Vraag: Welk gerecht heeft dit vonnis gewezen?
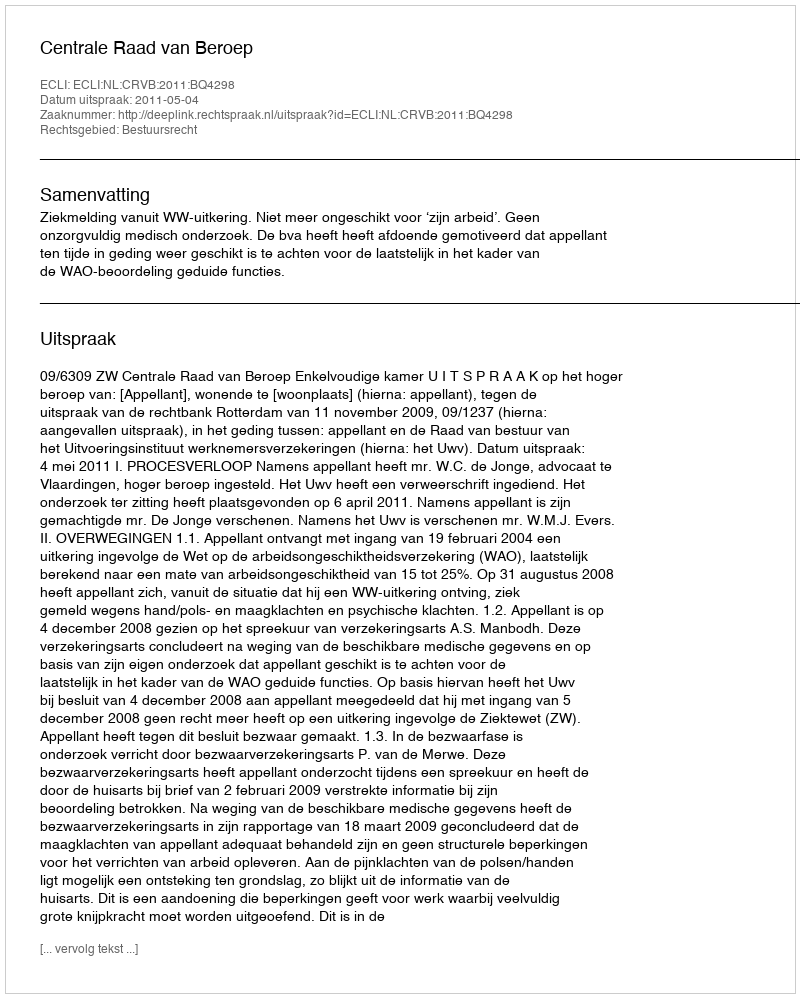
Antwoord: Centrale Raad van Beroep